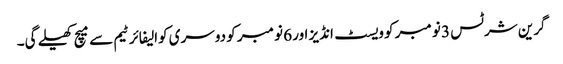
گرین شرٹس 3 نومبر کو ویسٹ انڈیز اور 6 نومبر کو دوسری کوالیفائر ٹیم سے میچ کھیلے گی۔